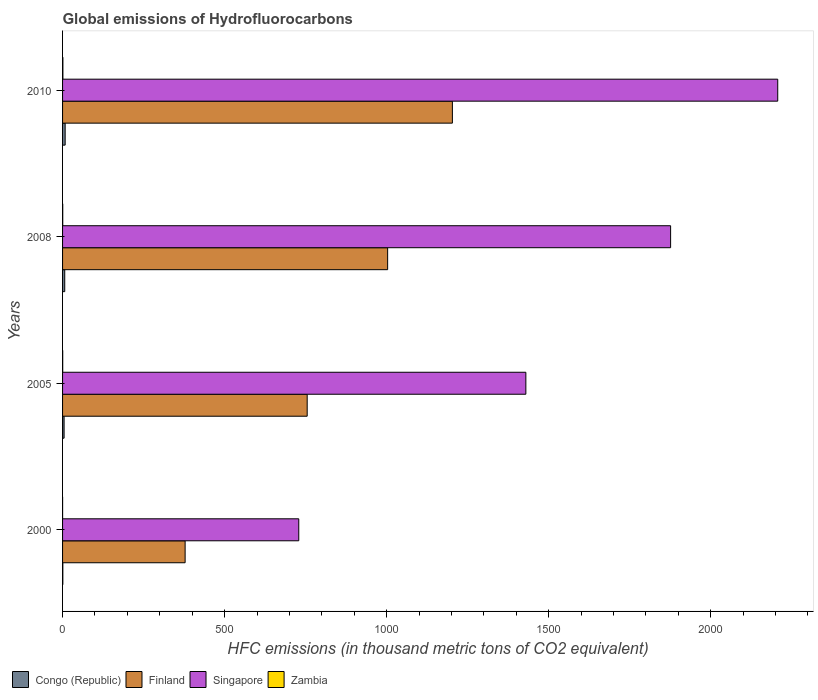
| Years | Congo (Republic) | Finland | Singapore | Zambia |
 | --- | --- | --- | --- | --- |
 | 2000 | 0.8 | 378 | 729 | 0.1 |
 | 2005 | 4.7 | 755 | 1.43e+03 | 0.4 |
 | 2008 | 6.7 | 1e+03 | 1.88e+03 | 0.5 |
 | 2010 | 8 | 1.2e+03 | 2.21e+03 | 1 |